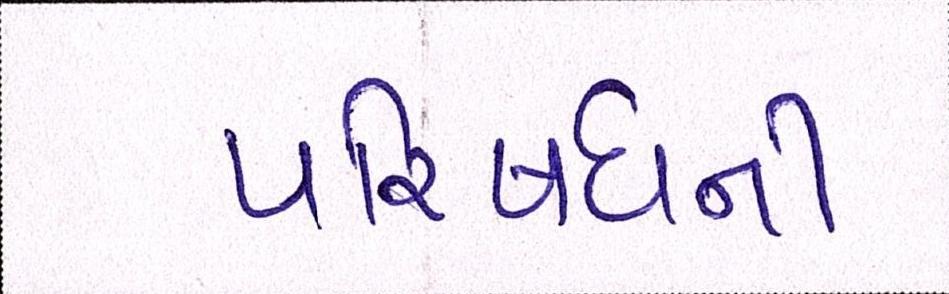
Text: પરિષધની